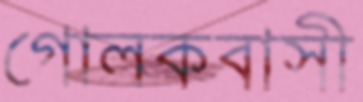
গোলকবাসী